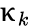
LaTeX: \upkappa_{k}